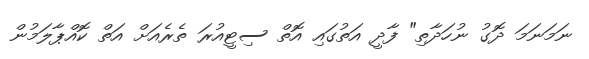
ނަމަނަމަ ދޮގު ނުހަދާތި" ފާދީ އަތުގައި އޮތް ސިޓީއުރަ ތެރެއަށް އަތް ކޮއްޕާލަމުން